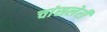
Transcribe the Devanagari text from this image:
चांसलेरी